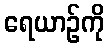
ရေယာဉ်ကို